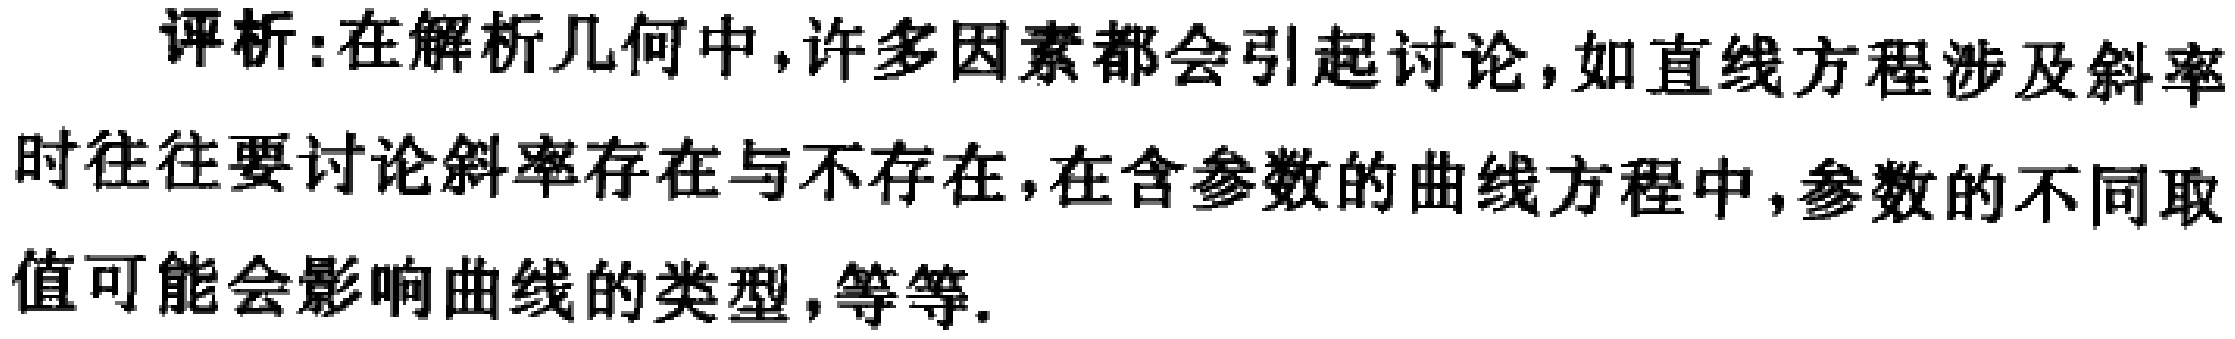
评析:在解析几何中,许多因素都会引起讨论,如直线方程涉及斜率时往往要讨论斜率存在与不存在,在含参数的曲线方程中,参数的不同取值可能会影响曲线的类型,等等.